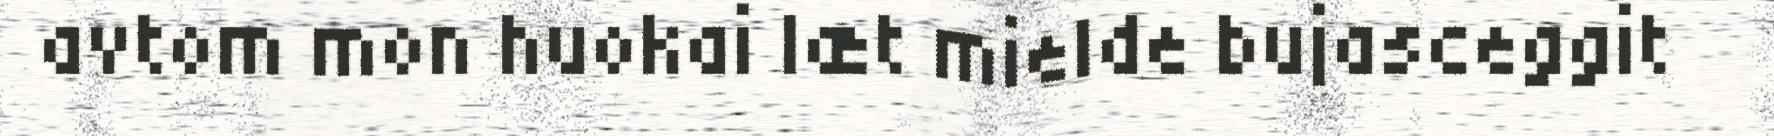
avtom mon huokai læt mielde bujasceggit